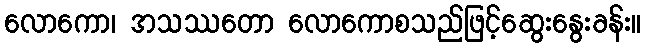
လောကော၊ အသဿတော လောကောစသည်ဖြင့်ဆွေးနွေးခန်း။